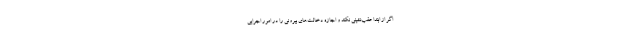
اگر از ابتدا عقب‌نشینی نکند و اجازه دخالت‌های بیرونی را در امور اجرایی